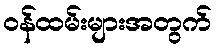
ဝန်ထမ်းများအတွက်